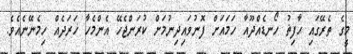
މީގެ ތެރޭގައި ޙާފިޡު ހޯނޑެއްދޫއާ ހަމައަށް ފޮނުވައިދިނުމަށް ކުރަންޖެހޭ އެންމެހާ ޚަރަދެއް ހިމެނޭނެއެވެ.